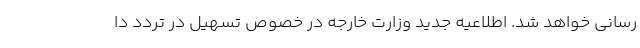
رسانی خواهد شد. اطلاعیه جدید وزارت خارجه در خصوص تسهیل در تردد دا